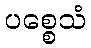
ပစ္စေသံ